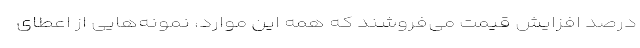
درصد افزایش قیمت می‌فروشند که همه این موارد، نمونه‌هایی از اعطای